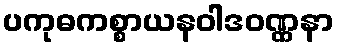
ပကုဓကစ္စာယနဝါဒဝဏ္ဏနာ